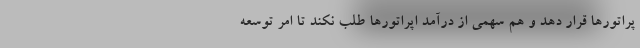
پراتورها قرار دهد و هم سهمی از درآمد اپراتورها طلب نکند تا امر توسعه